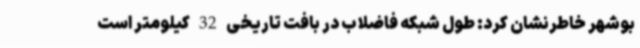
بوشهر خاطرنشان کرد: طول شبکه فاضلاب در بافت تاریخی 32 کیلومتر است